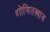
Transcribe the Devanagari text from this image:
शोणितस्त्राव